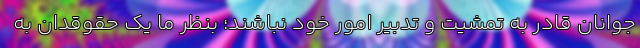
جوانان قادر به تمشیت و تدبیر امور خود نباشند؛ بنظر ما یک حقوقدان به